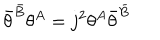
LaTeX: \bar { \theta } ^ { \bar { B } } \theta ^ { A } = j ^ { 2 } \theta ^ { A } \bar { \theta } ^ { \bar { B } }